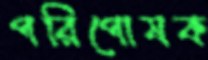
পরিপোষক